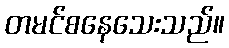
တမင်စနေသေးသည်။